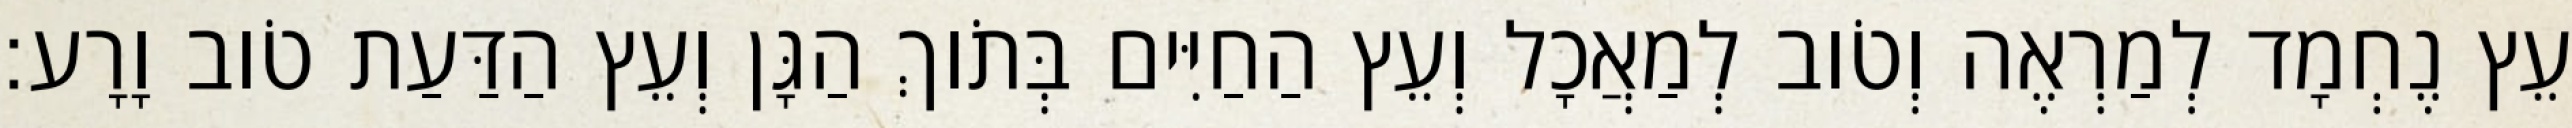
עֵץ נֶחְמָד לְמַרְאֶה וְטֹוב לְמַאֲכָל וְעֵץ הַחַיִּים בְּתֹוךְ הַגָּן וְעֵץ הַדַּעַת טֹוב וָרָע׃